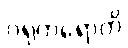
ဂရုကရောတိ